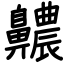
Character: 齈